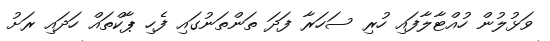
ވަޅުލުން ހުއްޓާލާފައި ހުރި ސަހަރާ ފަދަ ތަންތަނުގައި ފެހި ޕާކްތައް ހަދައި ރަށު